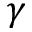
\gamma